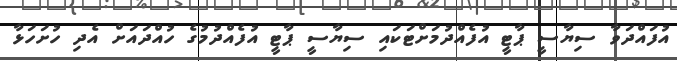
އުފައްދަވާ ސިޔާސީ ޕާޓީ އުފެއްދުމަށްޓަކައި ސިޔާސީ ޕާޓީ އުފެއްދުމުގެ ހުއްދައަށް އެދި ހުށަހަޅާ